Report on the treatment of epidemic cholera: from information collected by the governments of Bengal, Madras, Bombay, N.W. Provinces, Punjab, Oudh, and Central India, by order of the Government of India
Disease focus: Cholera
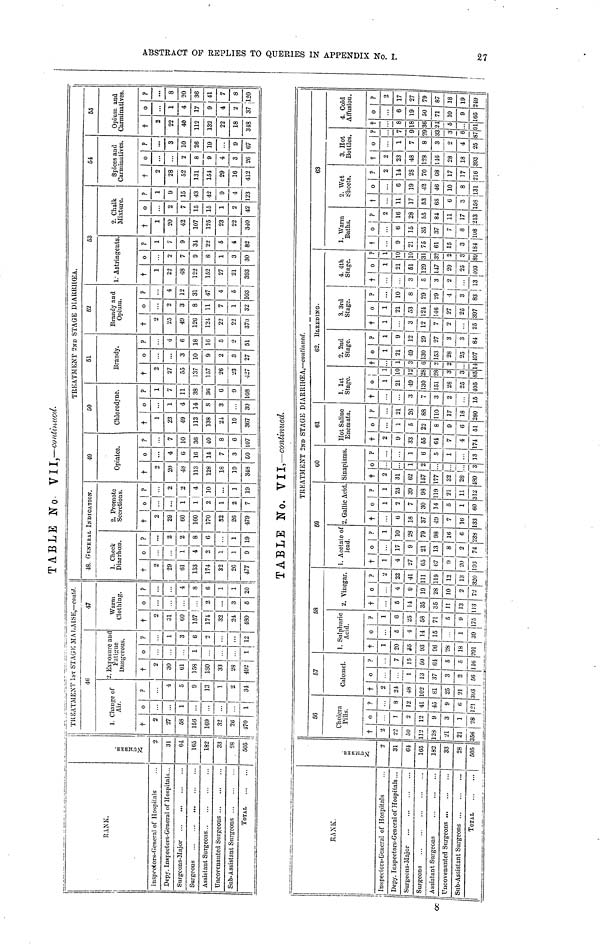
TABLE JNTo- VII, —continued.
TREATMENT
1ST
STAGE
MALAISE,
—contd..
TREATMENT 2ND STAGE DIARRHCEA.
RANK.
Inspretors-General of Hospitals
Depy. Inspectors-General of Hospitals
Surgeons-Major
Surgeons
Assistant Surgeor
...
...
...
Uncovenanted Surgeons
Sub-Assistant Surgeons
...
...
...
s ...
...
TOTAL
...
...
...
...
...
...
...
...
...
...
...
...
...
...
NUMBER
2
31
64
105
182
33 |
28
505
46
1. Change of
Air.
†
2
27
58
156
169
32
26
470°.
..
...
1
...
...
...
...
1
?
...
4
5
9
13
1
2
34
2. Exposure and
Fatigue
Dangerious.
†
2
30
61
158
180
33
28
402°.
..
...
...
1
...
...
...
1
?
...
1
3
6
2
...
...
12
47
Warm
Clothing.
†
2
31
60
157
171
32
24
480°.
..
...
...
...
...
...
3
5
?
...
...
4
8
6
1
1
20
48. GENERAL INDICATION.
1. Check
Diarrhœa.
†
2
29
61
153
174
32
26
477°.
..
...
1
4
2
1
1
9
?
...
2
2
8
6
...
1
19
2. Promote
Secretions.
†
2
29
60
160
170
32
26
479°.
..
...
l|
1
2
1
2
7
?
...
2
2
4
10
...
1
19
49
Opiates.
†
2
20
48
113
128
18
19
348°.
..
4
6
16
14
7
3
50
?
...
7
10
36
40
8
6
107
50
Chlorodyne.
†
1
23
49
113
138
24
19
367°.
..
1
4
14
8
3
...
30
?
1
7
11
38
36
6
9
108
51
Brandy.
†
2
27
55
137
157
26
23
427°.
..
...
3
10
9
2
3
27
?
...
4
6
18
16
5
2
51
52
Brandy and
Opium.
†
2
25
49
126
12-1
22
22
370°.
..
2
3
8
11
7
1
32
?
...
4
12
31
47
4
5
103|
53
1. Astringents.
†
1
22
48
122
152
27
21
393°.
..
2
7
9
8
1
3
30
?
1
7
9
31
22
5
4
82
2. Chalk
Mixture.
†
1
20
42
107
125
23
22
340°.
..
2
7
15
15
1
2
42
?
1
9
15
43
42
9
4
123
54
Spices and
Carminatives.
†
2
28
52
131
154
29
16
412°.
..
...
2
8
9
4
3
26
?
...
3
10
26
19
9
67
55
Opium and
Carminatives.
†
2
22
40
112
132
22
18
348°.
..
1
4
17
9
4
2
37
?
...
8
20
36
41
7
8
120
TABLE No. VII—continued.
TREATMENT 2ND STAGE DIARRHCEA,—continued
RANK.
Inspectors-General of Hospitals ...
Depy. Inspectors-General of Hospitals...
Surgeons-Major
Surgeons ...
...
...
Assistant Surgeons
Uncovenanted Surgeons
Sub-Assistant Surgeons
...
...
...
...
...
TOZAL
...
...
...
...
...
...
...
...
...
...
...
...
Numbers
2
31
64
165
182
33
28
505
56
Cholera
Pilla.
†
2
22
50
112
128
21
21
356°1
2
12
9
3
1
28
?
8
12
41
45
9
6
121
57
Calomel.
†
2
24
48
102
81
25
21
303°.
..
1
13
37
S
2
56
?
7
15
50
64
5
5
16
68
1. Sulphuric
Acid.
†
1
20
35
03
96
28
18
291°6
4
14
15
1
39
?
1
6
25
58
71
5
9
175
2. Vinegar.
†
6
14
36
35
11
13
113°.
..
4
9
19
28
10
2
72
?
22
41
111
119
12
13
320
69
1. Acetate of
lead.
†
1
4
27
65
67
9
20
103°1
7
9
21
13
8
2
74
?
| 1
10
28
79
98
16
6
238
2. Gallic Add
†
...
6
18
37
49
7
16
33°1
2
7
30
14
5
1
60
?
1
23
39
98
119
21
11
312
60
Sinapisms.
†
2
31
62
157
177
32|
28
489°.
..
...
1
2
...
..
3
?
...
...
1
6
5
1
13
61
Hot Saline
Enemata.
†
2
9
33
65
61
7
4
171°.
..
1
5
22
8
9
6
51
?
...
21
26
88
110
17
18
280
62. BLEEDING..
1. 1st
Stage.
†
...
...
3
7
3
2
15°1
21
49
130
151
28
25
405
?
1
10
12
28
28
3
3
85
2. 2nd
Stage.
†
...
1
3
6
2
2
••
14°1
21
49
130
153
28
25
407
?
1
9
12
29
27
3
3
84
3.3rd
Stage.
†
1
...
3
12
7
2
26°1
21
53
124
146
27
25
397
?
...
10
8
29
29
4
3
83
4.4th
Stage.
†
...
...
3
5
3
2
13°1
21
61
129
147
29
25
103
?
1
10
10
31
32
2
3
89
63
1. Warm
Baths.
†
...
9
21
75
61
15
3
184°.
..
6
15
35
37
7
8
108
?
2
16
28
55
84
11
17
313
2. Wet
Sheets.
†
...
11
17
53
68
6
3
168°.
..
6
19
42
46
10
8
131
?
2
14
28
70
68
17
17
216
3. Hot
Bottles.
†
2
23
48
128
146
28
18
393°.
..
1
7
8
3
2
4
25
?
7
9
29
33
3
6
87
4. Cold
Allusion.
†
...
8
18
36
21
5
...
91°6
19
50
71
10
9
165
?
2
17
27
79
87
18
19
249
27